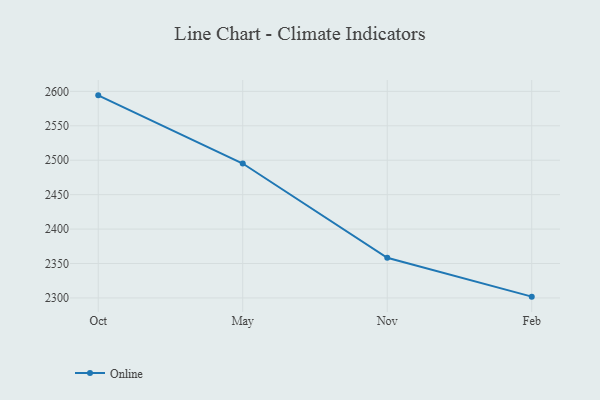
{"axis": {"x": "Month", "y": "Market Share (%)"}, "legend": ["Online"], "data": [{"x": "Oct", "y": 2594.2, "type": "Online"}, {"x": "May", "y": 2495.2, "type": "Online"}, {"x": "Nov", "y": 2358.3, "type": "Online"}, {"x": "Feb", "y": 2301.9, "type": "Online"}]}